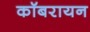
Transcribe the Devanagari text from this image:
कॉबरायन